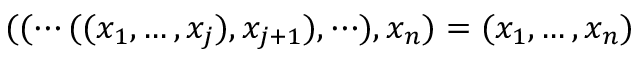
( ( \cdots ( ( x _ { 1 } , \dots , x _ { j } ) , x _ { j + 1 } ) , \cdots ) , x _ { n } ) = ( x _ { 1 } , \dots , x _ { n } )